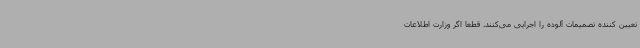
تعیین کننده تصمیمات آلوده را اجرایی می‌کنند. قطعا اگر وزارت اطلاعات